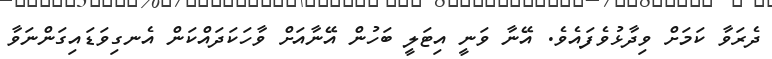
ދެރަވާ ކަމަށް ވިދާޅުވެފައެވެ. އޭނާ ވަނީ އިޓަލީ ބަހުން އޭނާއަށް ވާހަކަދައްކަން އެނގިވަޑައިގަންނަވާ